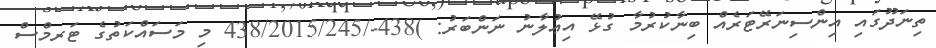
ތިނަދޫގައި އިންސިނަރޭޓަރެއް ބިނާކުރުމާ ގުޅޭ އިޢުލާނު ނަންބަރު: )438-/438/2015/245 މި މަސައްކަތުގެ ޓަރމްސް